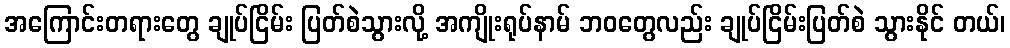
အကြောင်းတရားတွေ ချုပ်ငြိမ်း ပြတ်စဲသွားလို့ အကျိုးရုပ်နာမ် ဘဝတွေလည်း ချုပ်ငြိမ်းပြတ်စဲ သွားနိုင် တယ်၊